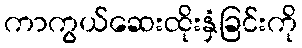
ကာကွယ်ဆေးထိုးနှံခြင်းကို